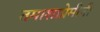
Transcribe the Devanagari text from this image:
तमाशाप्रेमीनी